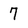
Character: 7